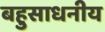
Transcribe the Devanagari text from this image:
बहुसाधनीय